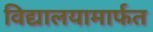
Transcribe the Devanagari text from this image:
विद्यालयामार्फत